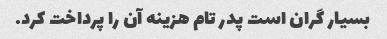
بسیار گران است پدر تام هزینه آن را پرداخت کرد.